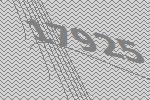
17925